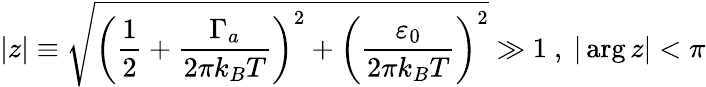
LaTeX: \vert z\vert\equiv\sqrt{\left(\frac{1}{2}+\frac{\Gamma_{a}}{2\pi k_{B}T}\right)^{2}+\left(\frac{\varepsilon_{0}}{2\pi k_{B}T}\right)^{2}}\gg 1\ ,\ \vert\arg z\vert<\pi